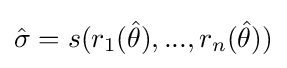
{\hat {\sigma }}=s(r_{1}({\hat {\theta }}),...,r_{n}({\hat {\theta }}))